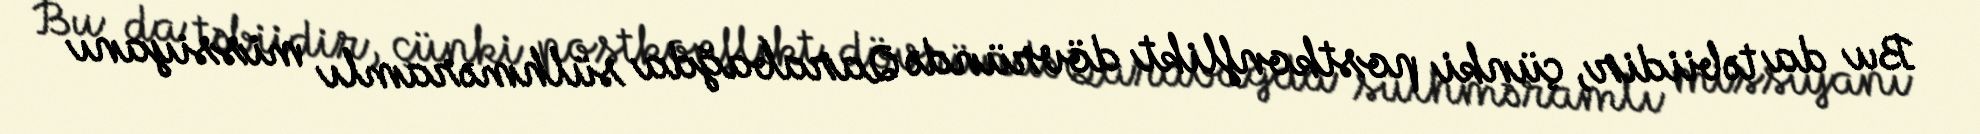
Bu da təbiidir, çünki postkonflikt dövründə Qarabağda sülhməramlı missiyanı